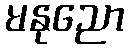
မနုညော